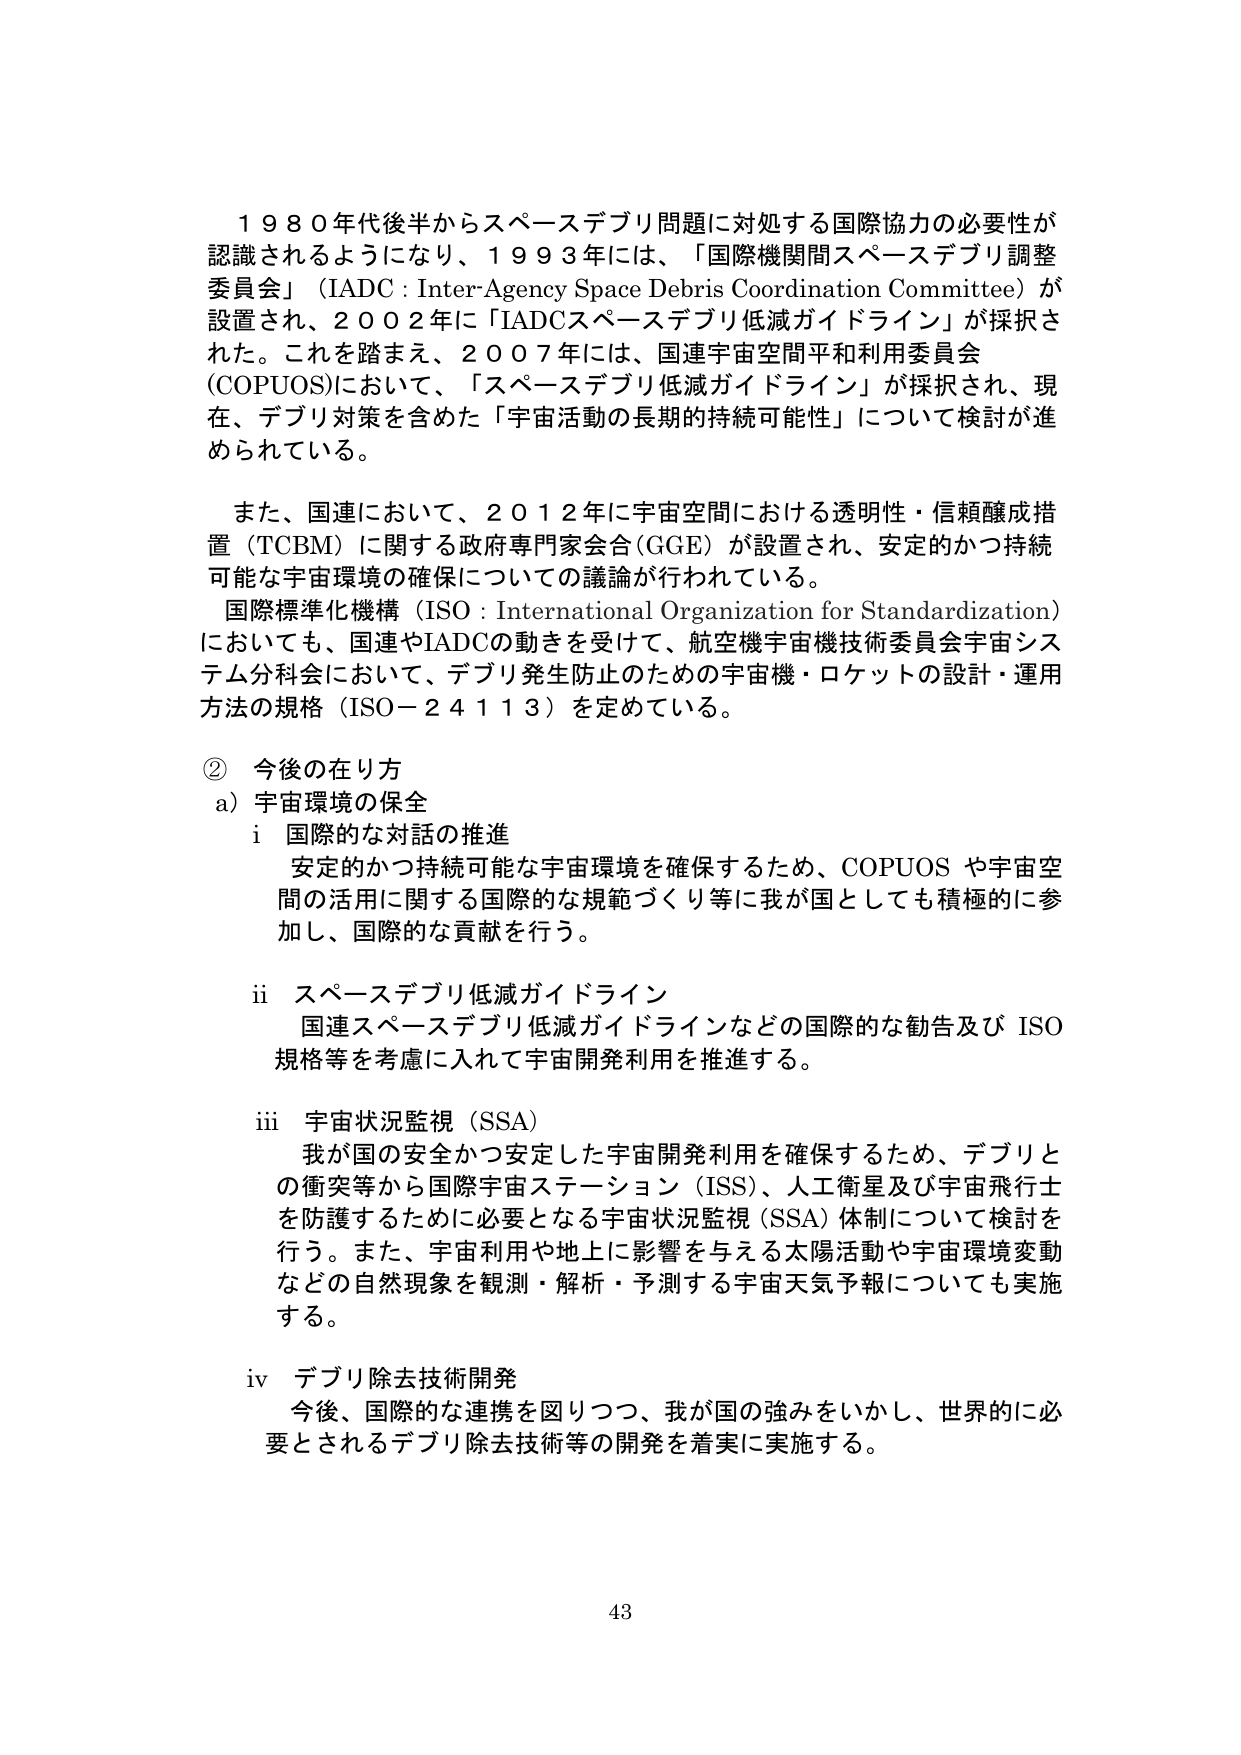
１９８０年代後半からスペースデブリ問題に対処する国際協力の必要性が認識されるようになり、１９９３年には、「国際機関間スペースデブリ調整委員会」（IADC：Inter-Agency Space Debris Coordination Committee）が設置され、２００２年に「IADCスペースデブリ低減ガイドライン」が採択された。これを踏まえ、２００７年には、国連宇宙空間平和利用委員会（COPUOS）において、「スペースデブリ低減ガイドライン」が採択され、現在、デブリ対策を含めた「宇宙活動の長期的持続可能性」について検討が進められている。

また、国連において、２０１２年に宇宙空間における透明性・信頼醸成措置（TCBM）に関する政府専門家会合（GGE）が設置され、安定的かつ持続可能な宇宙環境の確保についての議論が行われている。

国際標準化機構（ISO：International Organization for Standardization）においても、国連やIADCの動きを受けて、航空機宇宙機技術委員会宇宙システム分科会において、デブリ発生防止のための宇宙機・ロケットの設計・運用方法の規格（ISO－２４１１３）を定めている。

② 今後の在り方
a) 宇宙環境の保全
　i 国際的な対話の推進
　　　安定的かつ持続可能な宇宙環境を確保するため、COPUOS や宇宙空間の活用に関する国際的な規範づくり等に我が国としても積極的に参加し、国際的な貢献を行う。

　ii スペースデブリ低減ガイドライン
　　　国連スペースデブリ低減ガイドラインなどの国際的な勧告及び ISO 規格等を考慮に入れて宇宙開発利用を推進する。

　iii 宇宙状況監視（SSA）
　　　我が国の安全かつ安定した宇宙開発利用を確保するため、デブリとの衝突等から国際宇宙ステーション（ISS）、人工衛星及び宇宙飛行士を防護するために必要となる宇宙状況監視（SSA）体制について検討を行う。また、宇宙利用や地上に影響を与える太陽活動や宇宙環境変動などの自然現象を観測・解析・予測する宇宙天気予報についても実施する。

　iv デブリ除去技術開発
　　　今後、国際的な連携を図りつつ、我が国の強みをいかし、世界的に必要とされるデブリ除去技術等の開発を着実に実施する。

43